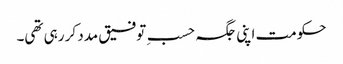
حکومت اپنی جگہ حسبِ توفیق مدد کر رہی تھی۔